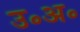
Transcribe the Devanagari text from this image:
उ॰अ॰